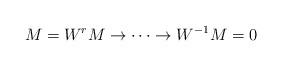
LaTeX: \begin{align*}M=W^{r}M\rightarrow \cdots \rightarrow W^{-1}M=0\end{align*}